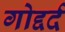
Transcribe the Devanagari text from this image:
गोद्दर्द